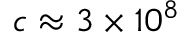
c \approx 3 \times 1 0 ^ { 8 }